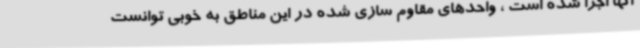
آنها اجرا شده است ، واحدهای مقاوم سازی شده در این مناطق به خوبی توانست